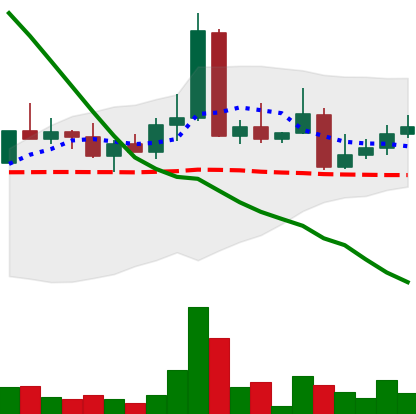
Ticker: DOGE-USD
Chart end date: 2022-04-15
Forward return: -3.525%
Label: down_3_5